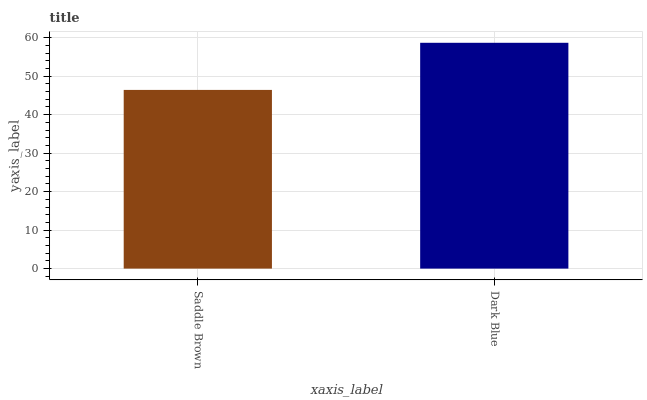
| xaxis_label | bars |
 | --- | --- |
 | Saddle Brown | 46.4 |
 | Dark Blue | 58.7 |